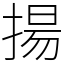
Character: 揚